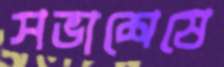
সভাশেষে